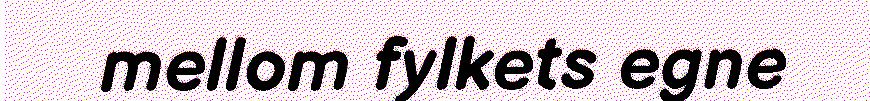
mellom fylkets egne